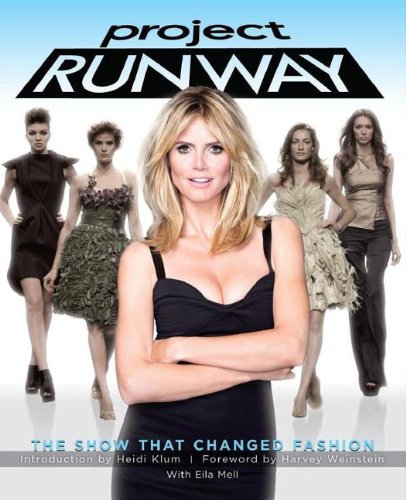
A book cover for Project Runway: The Show That Changed Fashion; Eila Mell; Humor & Entertainment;